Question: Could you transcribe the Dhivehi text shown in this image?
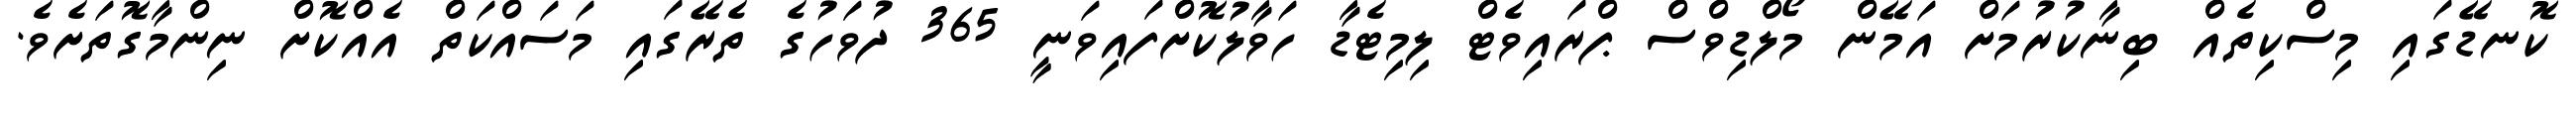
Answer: ކޮނޑޭގައި މިސްކިތެއް ބިނާކުރުމަށް އަމޭން މޯލްޑިވްސް ޕްރައިވެޓް ލިމިޓެޑާ ހަވާލުކޮށްފައިވަނީ 365 ދުވަހުގެ ތެރޭގައި މަސައްކަތް އެއްކޮށް ނިންމާގޮތަށެވެ.